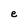
Character: e